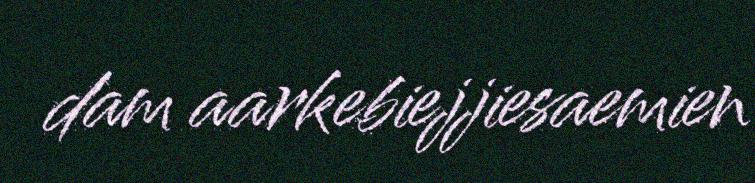
dam aarkebiejjiesaemien